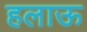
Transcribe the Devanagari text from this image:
हलाऊ